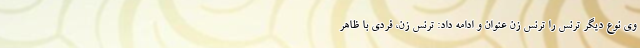
وی نوع دیگر ترنس را ترنس زن عنوان و ادامه داد: ترنس زن، فردی با ظاهر